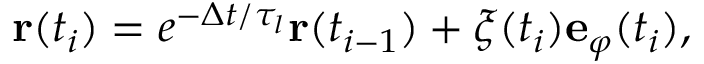
\mathbf { r } ( t _ { i } ) = e ^ { - \Delta t / \tau _ { l } } \mathbf { r } ( t _ { i - 1 } ) + \xi ( t _ { i } ) \mathbf { e } _ { \varphi } ( t _ { i } ) ,